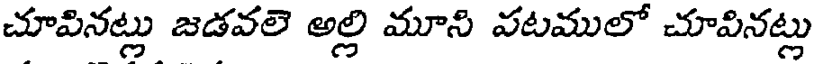
చూపినట్లు జడవలె అల్లి మూని వటములో చూపినట్లు